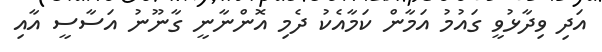
އަދި ވިދާޅުވީ ގައުމު އަމާން ކަމާއެކު ދެމި އޮންނާނީ ގާނޫނު އަސާސީ އާއި